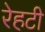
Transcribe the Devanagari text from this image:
रेहटी